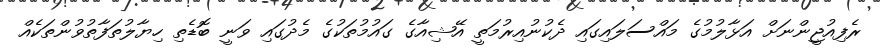
ރެފިއުޖީންނަށް އަޅާލުމުގެ މައްސަލައިގައި ދެކުނުއިރުމަތީ އޭޝިއާގެ ގައުމުތަކުގެ މެދުގައި ވަނީ ބޮޑެތި ހިޔާލުތަފާތުވުންތަކެއް